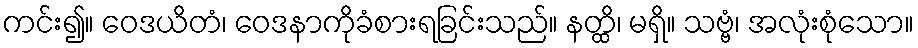
ကင်း၍။ ဝေဒယိတံ၊ ဝေဒနာကိုခံစားရခြင်းသည်။ နတ္ထိ၊ မရှိ။ သဗ္ဗံ၊ အလုံးစုံသော။